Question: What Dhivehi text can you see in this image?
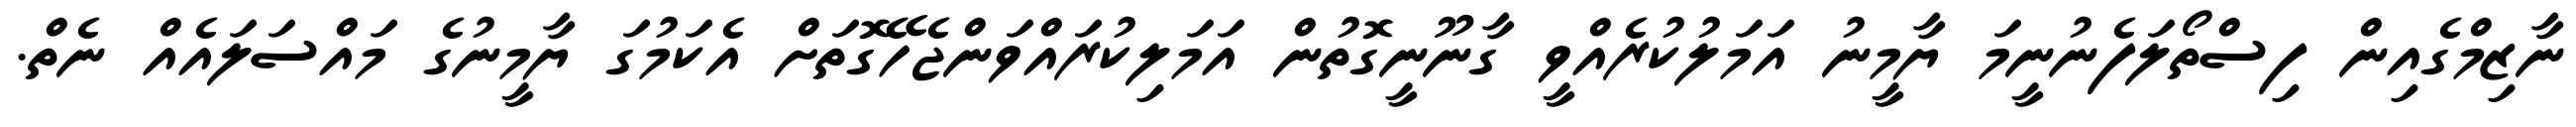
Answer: ނާޒިމްގެއިން ފިސްތޯލަފެނުނީމަ ޔާމީނު އަމަލުކުރެއްވީ ގާނޫނީގޮތުން އަމަލިކުރައްވަންޖެހޭގޮތަށް އެކަމުގަ ޔާމީނުގެ މައްސަލައެއް ނެތް.